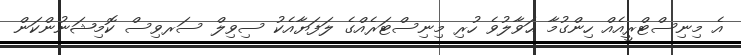
އެ މިނިސްޓްރީއެއް ހިންގުމާ ޙަވާލުވެ ހުރި މިނިސްޓަރެއްގެ ލަފަޔާއެކު ސިވިލް ސަރވިސް ކޮމިޝަނުންކަން